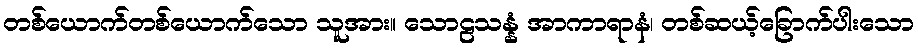
တစ်ယောက်တစ်ယောက်သော သူအား။ သောဠသန္နံ အာကာရာနံ၊ တစ်ဆယ့်ခြောက်ပါးသော